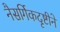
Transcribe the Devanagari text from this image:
नैसर्गिकदृष्टीने